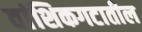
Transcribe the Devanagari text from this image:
वांशिकगटातील